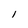
Character: I